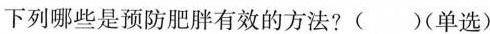
下列哪些是预防肥胖有效的方法?()(单选)